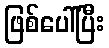
ဖြစ်ပေါ်ပြီး